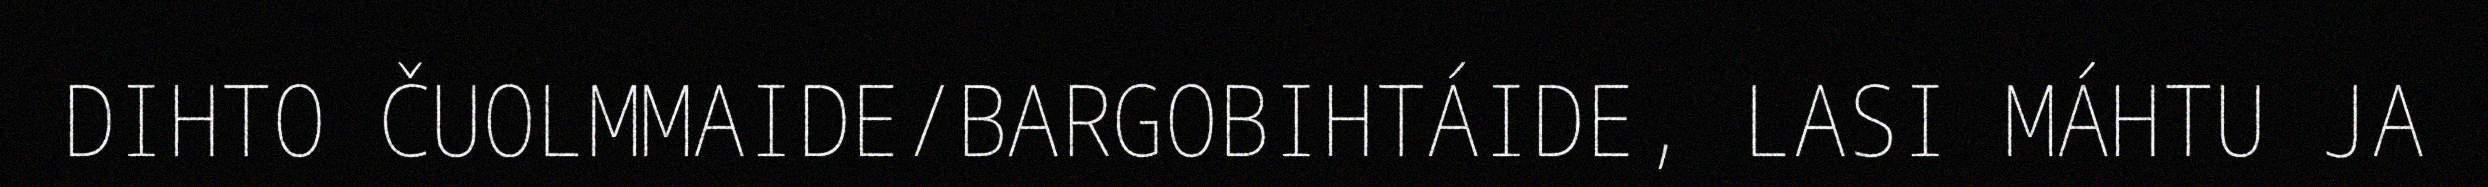
DIHTO ČUOLMMAIDE/BARGOBIHTÁIDE, LASI MÁHTU JA